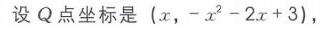
设\(Q\)点坐标是\((x,-x^{2}-2x + 3)\)，